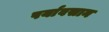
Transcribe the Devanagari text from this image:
पर्यावसान